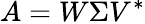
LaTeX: A=W\Sigma V^{*}